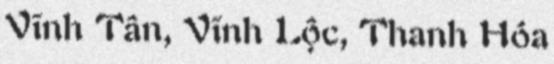
Vĩnh Tân, Vĩnh Lộc, Thanh Hóa